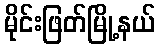
မိုင်းဖြတ်မြို့နယ်